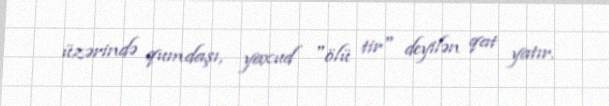
üzərində qumdaşı, yaxud "ölü tir" deyilən qat yatır.